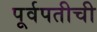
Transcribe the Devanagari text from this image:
पूर्वपतीची